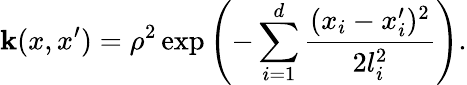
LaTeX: \mathbf{k}(x,x^{\prime})=\rho^{2}\exp\left(-\sum_{i=1}^{d}\frac{{(x_{i}-x_{i}^{\prime})^{2}}}{{2l_{i}^{2}}}\right).